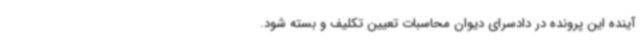
آینده این پرونده در دادسرای دیوان محاسبات تعیین تکلیف و بسته شود.